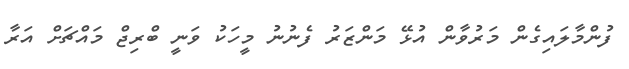
ފުންމާލައިގެން މަރުވާން އުޅޭ މަންޒަރު ފެނުނު މީހަކު ވަނީ ބްރިޖް މައްޗަށް އަރާ